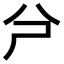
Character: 𠔆